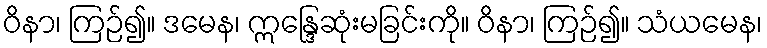
ဝိနာ၊ ကြဉ်၍။ ဒမေန၊ ဣန္ဒြေဆုံးမခြင်းကို။ ဝိနာ၊ ကြဉ်၍။ သံယမေန၊